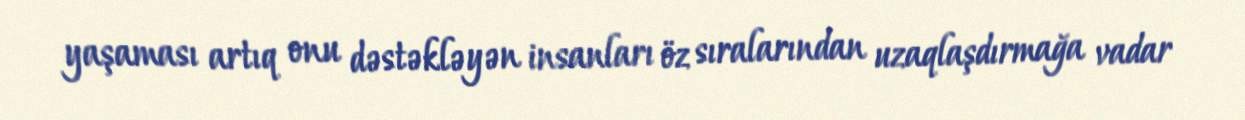
yaşaması artıq onu dəstəkləyən insanları öz sıralarından uzaqlaşdırmağa vadar